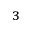
^ 3